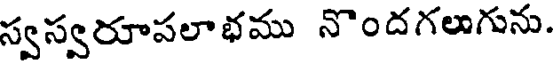
స్వస్వరూపలాభము నొందగలుగును.